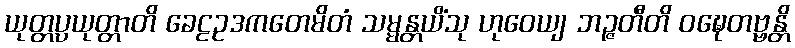
ယုတ္တပ္ပယုတ္တာတိ ခေဠဥဒကတေမိတံ သမ္မန္တယိံသု ဟုဝေယျ ဘဉ္ဇတီတိ ဝဍ္ဎေတဗ္ဗန္တိ